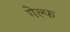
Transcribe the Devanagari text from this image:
गेल्फ